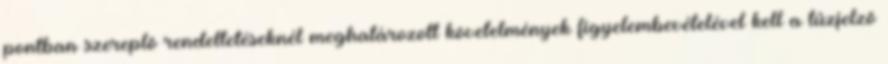
pontban szereplõ rendeltetéseknél meghatározott követelmények figyelembevételével kell a tûzjelzõ